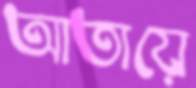
আতায়ে